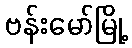
ဗန်းမော်မြို့